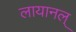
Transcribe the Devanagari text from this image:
लायानल्